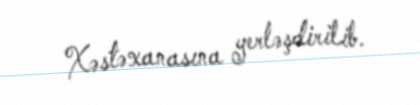
Xəstəxanasına yerləşdirilib.